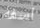
اسفه